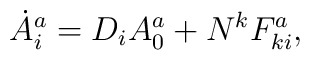
\dot A^a_i = D_i A^a_0 + N^k F^a_{ki},